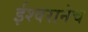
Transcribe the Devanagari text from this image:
ईश्वरानेच